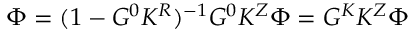
\Phi = ( 1 - G ^ { 0 } K ^ { R } ) ^ { - 1 } G ^ { 0 } K ^ { Z } \Phi = G ^ { K } K ^ { Z } \Phi